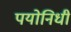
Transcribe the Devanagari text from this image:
पयोनिधी